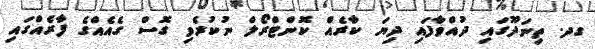
ގދ. ތިނަދޫގައި ދުއްވާފައި ދިޔަ ކާރެއް ކޮންޓްރޯލް ނުކުރެވި ގޮސް ގެއެއްގެ ފާރެއްގައި